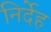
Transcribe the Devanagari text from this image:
निर्देह